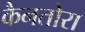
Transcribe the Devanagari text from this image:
कैनतोरा